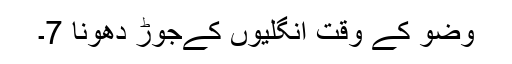
وضو کے وقت انگلیوں کےجوڑ دھونا 7۔